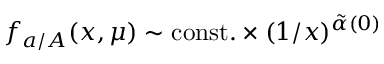
f _ { a / A } ( x , \mu ) \sim \mathrm { c o n s t . } \times ( 1 / x ) ^ { \tilde { \alpha } ( 0 ) }